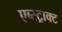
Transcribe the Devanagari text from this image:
एब्स्ट्राक्ट